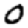
Digit: 0